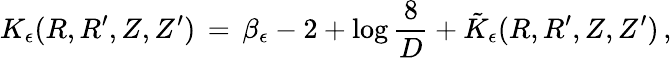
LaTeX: K_{\epsilon}(R,R^{\prime},Z,Z^{\prime})\, =\, \beta_{\epsilon}-2+\log\frac{8}{D}+\tilde{K}_{\epsilon}(R,R^{\prime},Z,Z^{\prime})\, ,